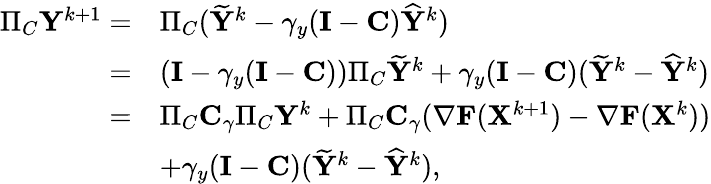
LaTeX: \begin{array}{rl}{\Pi_{C}{\mathbf{Y}}^{k+1}=}&{\Pi_{C}(\widetilde{{\mathbf{Y}}}^{k}-\gamma_{y}({\mathbf{I}}-{\mathbf{C}})\widehat{{\mathbf{Y}}}^{k})}\\ {=}&{({\mathbf{I}}-\gamma_{y}({\mathbf{I}}-{\mathbf{C}}))\Pi_{C}\widetilde{{\mathbf{Y}}}^{k}+\gamma_{y}({\mathbf{I}}-{\mathbf{C}})(\widetilde{{\mathbf{Y}}}^{k}-\widehat{{\mathbf{Y}}}^{k})}\\ {=}&{\Pi_{C}{\mathbf{C}}_{\gamma}\Pi_{C}{\mathbf{Y}}^{k}+\Pi_{C}{\mathbf{C}}_{\gamma}(\nabla{\mathbf{F}}({\mathbf{X}}^{k+1})-\nabla{\mathbf{F}}({\mathbf{X}}^{k}))}\\ &{+\gamma_{y}({\mathbf{I}}-{\mathbf{C}})(\widetilde{{\mathbf{Y}}}^{k}-\widehat{{\mathbf{Y}}}^{k}),}\end{array}